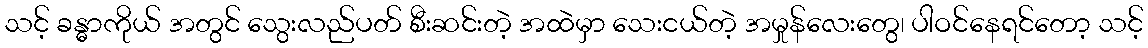
သင့် ခန္ဓာကိုယ် အတွင် သွေးလည်ပတ် စီးဆင်းတဲ့ အထဲမှာ သေးငယ်တဲ့ အမှုန်လေးတွေ၊ ပါဝင်နေရင်တော့ သင့်